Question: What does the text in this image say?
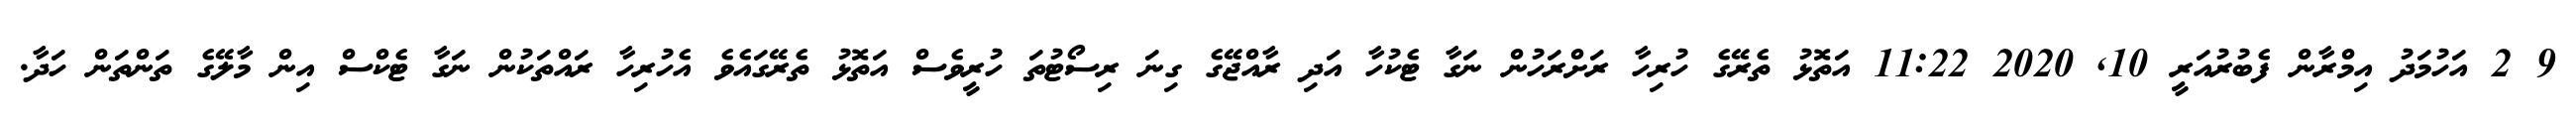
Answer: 9 2 އަހުމަދު އިމްރާން ފެބުރުއަރީ 10, 2020 11:22 އަތޮޅު ތެރޭގެ ހުރިހާ ރަށްރަހުން ނަގާ ޓެކުހާ އަދި ރާއްޖޭގެ ގިނަ ރިސޯޓުތަ ހުރީވެސް އަތޮޅު ތެރޭގައެވެ އެހުރިހާ ރައްތަކުން ނަގާ ޓެކްސް އިން މާލޭގެ ތަންތަން ހަދާ.